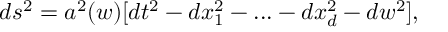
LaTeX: d s ^ { 2 } = a ^ { 2 } ( w ) [ d t ^ { 2 } - d x _ { 1 } ^ { 2 } - . . . - d x _ { d } ^ { 2 } - d w ^ { 2 } ] ,